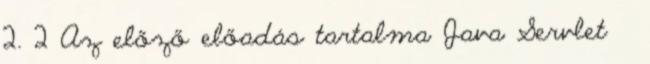
2. 2 Az előző előadás tartalma Java Servlet 